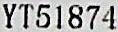
YT51874